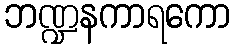
ဘဏ္ဍနကာရကော